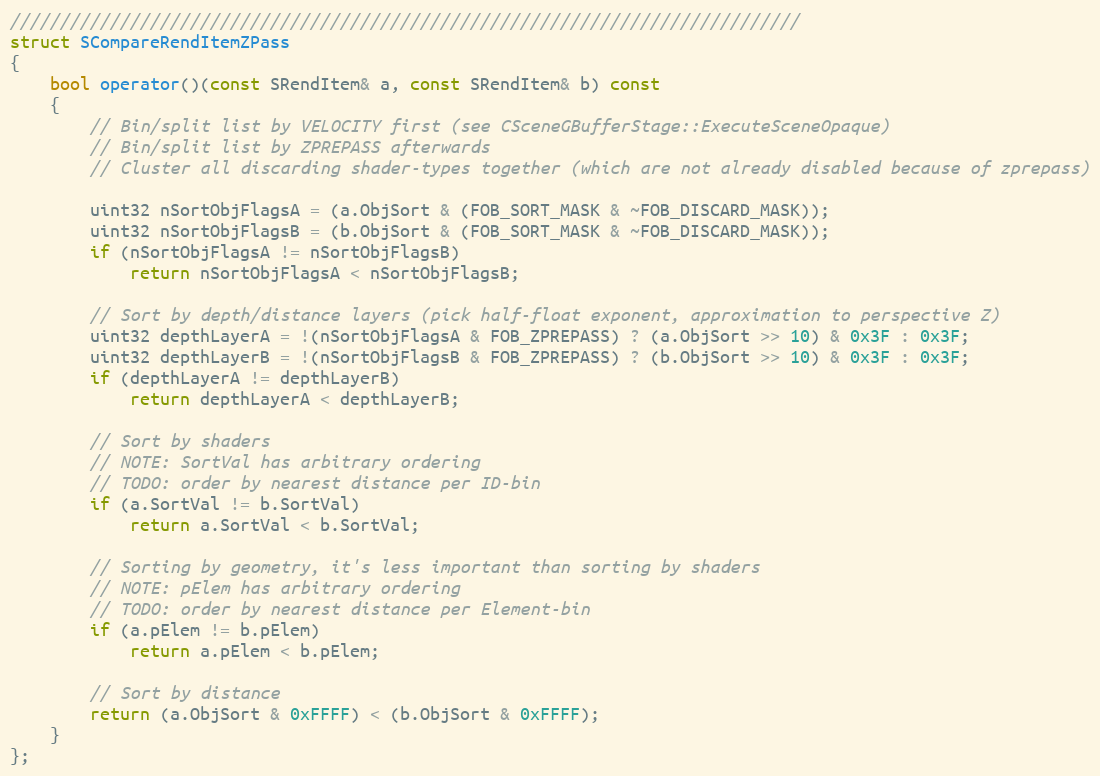
Language: C++
///////////////////////////////////////////////////////////////////////////////
struct SCompareRendItemZPass
{
	bool operator()(const SRendItem& a, const SRendItem& b) const
	{
		// Bin/split list by VELOCITY first (see CSceneGBufferStage::ExecuteSceneOpaque)
		// Bin/split list by ZPREPASS afterwards
		// Cluster all discarding shader-types together (which are not already disabled because of zprepass)

		uint32 nSortObjFlagsA = (a.ObjSort & (FOB_SORT_MASK & ~FOB_DISCARD_MASK));
		uint32 nSortObjFlagsB = (b.ObjSort & (FOB_SORT_MASK & ~FOB_DISCARD_MASK));
		if (nSortObjFlagsA != nSortObjFlagsB)
			return nSortObjFlagsA < nSortObjFlagsB;

		// Sort by depth/distance layers (pick half-float exponent, approximation to perspective Z)
		uint32 depthLayerA = !(nSortObjFlagsA & FOB_ZPREPASS) ? (a.ObjSort >> 10) & 0x3F : 0x3F;
		uint32 depthLayerB = !(nSortObjFlagsB & FOB_ZPREPASS) ? (b.ObjSort >> 10) & 0x3F : 0x3F;
		if (depthLayerA != depthLayerB)
			return depthLayerA < depthLayerB;

		// Sort by shaders
		// NOTE: SortVal has arbitrary ordering
		// TODO: order by nearest distance per ID-bin
		if (a.SortVal != b.SortVal)
			return a.SortVal < b.SortVal;

		// Sorting by geometry, it's less important than sorting by shaders
		// NOTE: pElem has arbitrary ordering
		// TODO: order by nearest distance per Element-bin
		if (a.pElem != b.pElem)
			return a.pElem < b.pElem;

		// Sort by distance
		return (a.ObjSort & 0xFFFF) < (b.ObjSort & 0xFFFF);
	}
};